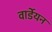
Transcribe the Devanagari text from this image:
वार्डेयन